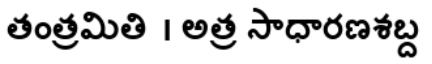
తంత్రమితి । అత్ర సాధారణశబ్ద